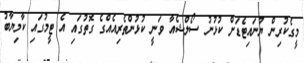
މީގެކުރިން ޔުނައިޓެޑަށް ކުޅުނު ސޯލްޝެއާ ވަނީ ކުޅުންތެރިއެއްގެ ގޮތުގައި އެ ޓީމުގައި ކާމިޔާބު